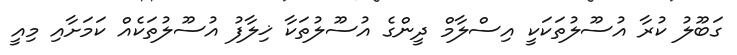
ގަބޫލު ކުރާ އުސޫލުތަކަކީ އިސްލާމް ދީންގެ އުސޫލުތަކާ ޚިލާފު އުސޫލުތަކެއް ކަމަށާއި މިއީ